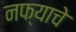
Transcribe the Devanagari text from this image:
नफ्याचे